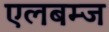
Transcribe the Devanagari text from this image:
एलबम्ज